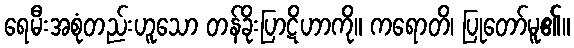
ရေမီးအစုံတည်းဟူသော တန်ခိုးပြာဋိဟာကို။ ကရောတိ၊ ပြုတော်မူ၏။